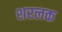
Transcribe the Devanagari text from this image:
शरलक